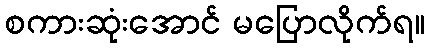
စကားဆုံးအောင် မပြောလိုက်ရ။